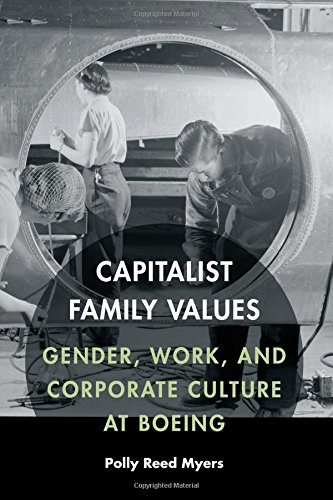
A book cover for Capitalist Family Values: Gender, Work, and Corporate Culture at Boeing; Polly Reed Myers; Business & Money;